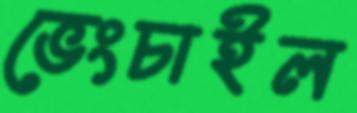
ভেংচাইল